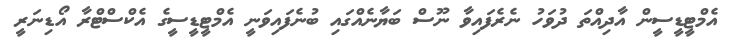
އެމްޓީޑީސީން އާދިއްތަ ދުވަހު ނެރެފައިވާ ނޫސް ބަޔާނެއްގައި ބުނެފައިވަނީ އެމްޓީޑީސީގެ އެކްސްޓްރާ އޯޑިނަރީ